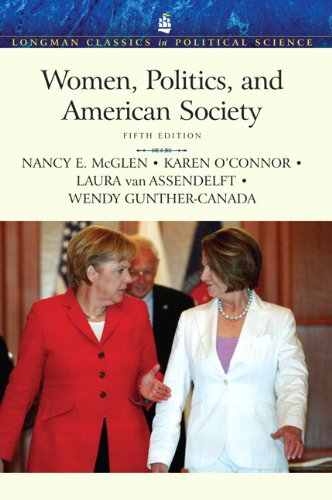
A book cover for Women, Politics, and American Society (Longman Classics in Political Science); Nancy E. McGlen; Gay & Lesbian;